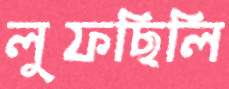
লুফছিলি